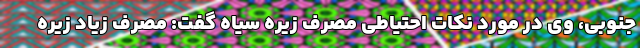
جنوبی، وی در مورد نکات احتیاطی مصرف زیره سیاه گفت: مصرف زیاد زیره